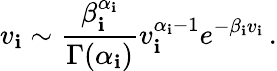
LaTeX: v_{\mathbf{i}}\sim\frac{{\beta_{\mathbf{i}}^{\alpha_{\mathbf{i}}}}}{{\Gamma(\alpha_{\mathbf{i}})}}v_{\mathbf{i}}^{\alpha_{\mathbf{i}}-1}e^{-\beta_{\mathbf{i}}v_{\mathbf{i}}}\, .